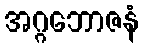
အဂ္ဂဘောဇနံ